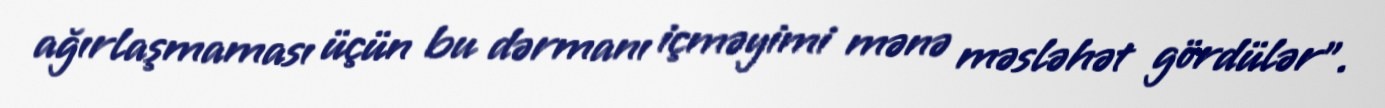
ağırlaşmaması üçün bu dərmanı içməyimi mənə məsləhət gördülər".